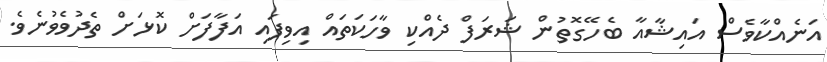
އަނެއްކާވެސް އައިޝާއާ ބެހޭގޮތުން ޝަރަފް ދެއްކި ވާހަކަތައް އިވިފައި އަފާފަށް ކޮޅަށް ތެދުވެވުނެވެ.